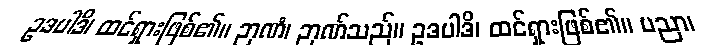
ဥဒပါဒိ၊ ထင်ရှားဖြစ်၏။ ဉာဏံ၊ ဉာဏ်သည်။ ဥဒပါဒိ၊ ထင်ရှားဖြစ်၏။ ပညာ၊